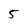
Character: 5